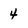
Character: 4